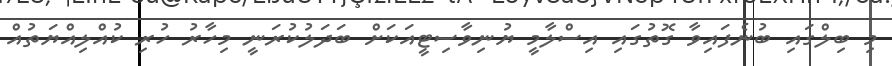
މި ބިލްގައި ބުނެފައިވާ ގޮތުގައި އިސްލާމީ ޔުނިވާސިޓީއަކަށް ބަދަލުކުރަނީ މިހާރު ހުރި ކުއްލިއްޔަތުއް